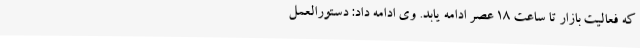
که فعالیت بازار تا ساعت 18 عصر ادامه یابد. وی ادامه داد: دستورالعمل